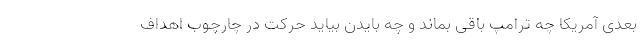
بعدی آمریکا چه ترامپ باقی بماند و چه بایدن بیاید حرکت در چارچوب اهداف